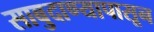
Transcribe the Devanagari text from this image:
साबुदाण्यापासून